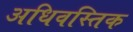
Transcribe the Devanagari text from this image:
अधिवस्तिक